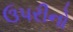
ઉપરીનો